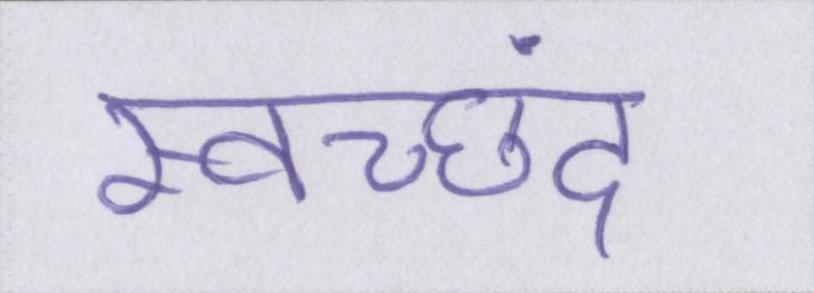
स्वच्छंद